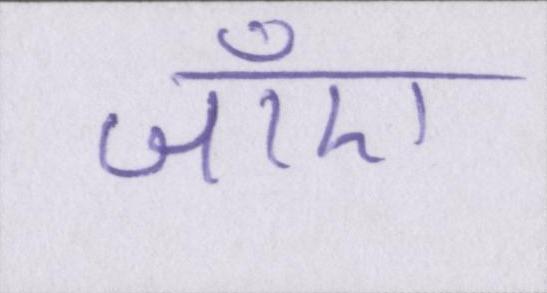
जाँए